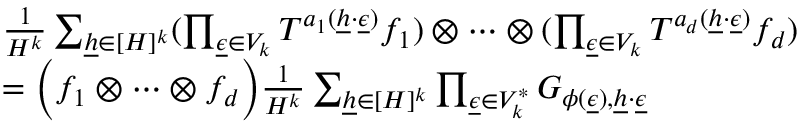
\begin{array} { r l } & { \frac { 1 } { H ^ { k } } \sum _ { \underline { { h } } \in [ H ] ^ { k } } ( \prod _ { \underline { { \epsilon } } \in V _ { k } } T ^ { a _ { 1 } ( \underline { { h } } \cdot \underline { { \epsilon } } ) } f _ { 1 } ) \otimes \cdots \otimes ( \prod _ { \underline { { \epsilon } } \in V _ { k } } T ^ { a _ { d } ( \underline { { h } } \cdot \underline { { \epsilon } } ) } f _ { d } ) } \\ & { = \Big ( f _ { 1 } \otimes \cdots \otimes f _ { d } \Big ) \frac { 1 } { H ^ { k } } \sum _ { \underline { { h } } \in [ H ] ^ { k } } \prod _ { \underline { { \epsilon } } \in V _ { k } ^ { * } } G _ { \phi ( \underline { { \epsilon } } ) , \underline { { h } } \cdot \underline { { \epsilon } } } } \end{array}